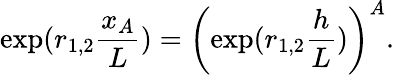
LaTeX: \exp(r_{1,2}\frac{x_{A}}{L})=\left(\exp(r_{1,2}\frac{h}{L})\right)^{A}.